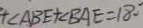
+ \angle A B E + \angle B A E = 1 8 0 ^ { \circ }